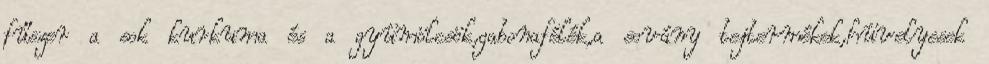
fűszer a sok kurkuma és a gyümölcsök,gabonafélék,a sovány tejtermékek,hüvelyesek